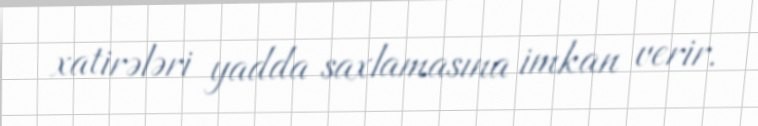
xatirələri yadda saxlamasına imkan verir.